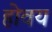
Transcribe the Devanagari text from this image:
होवय